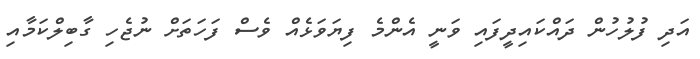
އަދި ފުލުހުން ދައްކައިދީފައި ވަނީ އެންމެ ފިޔަވަޅެއް ވެސް ފަހަތަށް ނުޖެހި ގާބިލްކަމާއި